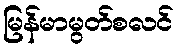
မြန်မာမွတ်စလင်